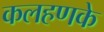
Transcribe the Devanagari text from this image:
कलहणके